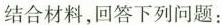
结合材料，回答下列问题：